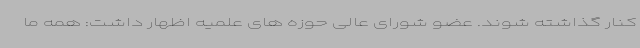
کنار گذاشته شوند. عضو شورای عالی حوزه های علمیه اظهار داشت: همه ما